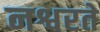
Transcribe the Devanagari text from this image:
नश्वरते